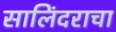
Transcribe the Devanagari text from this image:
सालिंदराचा